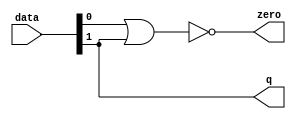
module  fp_sub_altpriority_encoder_3e8
	( 
	data,
	q,
	zero) ;
	input   [1:0]  data;
	output   [0:0]  q;
	output   zero;
	assign
		q = {data[1]},
		zero = (~ (data[0] | data[1]));
endmodule